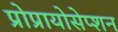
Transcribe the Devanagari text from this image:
प्रोप्रायोसेप्शन